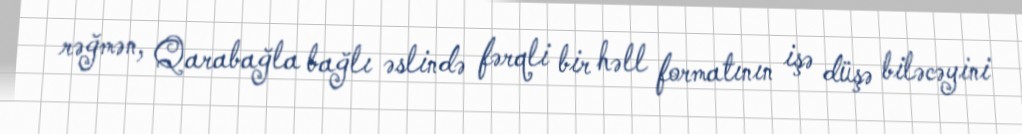
rəğmən, Qarabağla bağlı əslində fərqli bir həll formatının işə düşə biləcəyini